Indian journal of veterinary science and animal husbandry - Volumes 24-25, 1954-1955
Year: 1954
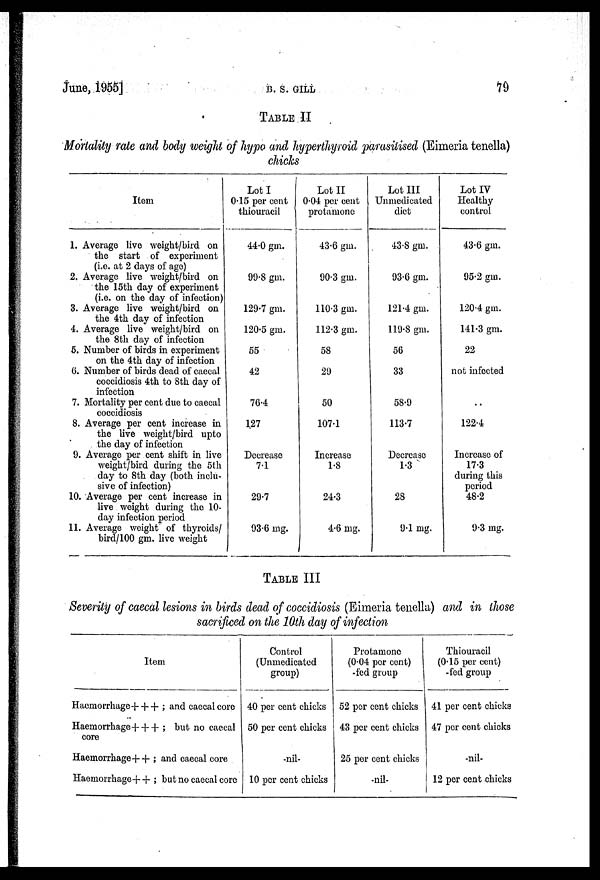
June, 1955]
B.
S.
GILL
79
TABLE II
Mortality rate and body weight of hypo and hyperthyroid parasitised (Eimeria tenella)
chicks
Item
1. Average live weight/bird on
the start of experiment
(i.e. at 2 days of age)
2. Average live weight/bird on
the 15th day of experiment
(i.e. on the day of infection)
3. Average live weight/bird on
the 4th day of infection
4. Average live weight/bird on
the 8th day of infection
5. Number of birds in experiment
on the 4th day of infection
6. Number of birds dead of caecal
coccidiosis 4th to 8th day of
infection
7. Mortality per cent due to caecal
coccidiosis
8. Average per cent increase in
the live weight/bird upto
the day of infection
9. Average per cent shift in live
weight/bird during the 5th
day to 8th day (both inclu-
sive of infection)
10. Average per cent increase in
live weight during the 10-
day infection period
11. Average weight of thyroids/
bird/100 gm. live weight
Lot I
0.15 per cent
thiouracil
44.0 gm.
99.8 gm.
129.7 gm.
120.5 gm.
55
42
76.4
127
Decrease
7.1
29.7
93.6 mg.
Lot II
0.04 per cent
protamone
43.6 gm.
90.3 gm.
110.3 gm.
112.3 gm.
58
29
50
107.1
Increase
1.8
24.3
4.6 mg.
Lot III
Unmedicated
diet
43.8 gm.
93.6 gm.
121.4 gm.
119.8 gm.
56
33
58.9
113.7
Decrease
1.3
28
9.1 mg.
Lot IV
Healthy
control
43.6 gm.
95.2 gm.
120.4 gm.
141.3 gm.
22
not infected
..
122.4
Increase of
17.3
during this
period
48.2
9.3 mg.
TABLE III
Severity of caecal lesions in birds dead of coccidiosis (Eimeria tenella) and in those
sacrificed on the 10th day of infection
Item
Haemorrhage+++ ; and caecal core
Haemorrhage+++ ; but no caecal
core
Haemorrhage++ ; and caecal core
Haemorrhage++ ; but no caecal core
Control
(Unmedicated
group)
40 per cent chicks
50 per cent chicks
-nil-
10 per cent chicks
Protamone
(0.04 per cent)
-fed group
52 per cent chicks
43 per cent chicks
25 per cent chicks
-nil-
Thiouracil
(0.15 per cent)
-fed group
41 per cent chicks
47 per cent chicks
-nil-
12 per cent chicks